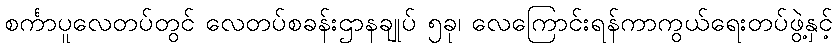
စင်္ကာပူလေတပ်တွင် လေတပ်စခန်းဌာနချုပ် ၅ခု၊ လေကြောင်းရန်ကာကွယ်ရေးတပ်ဖွဲ့နှင့်